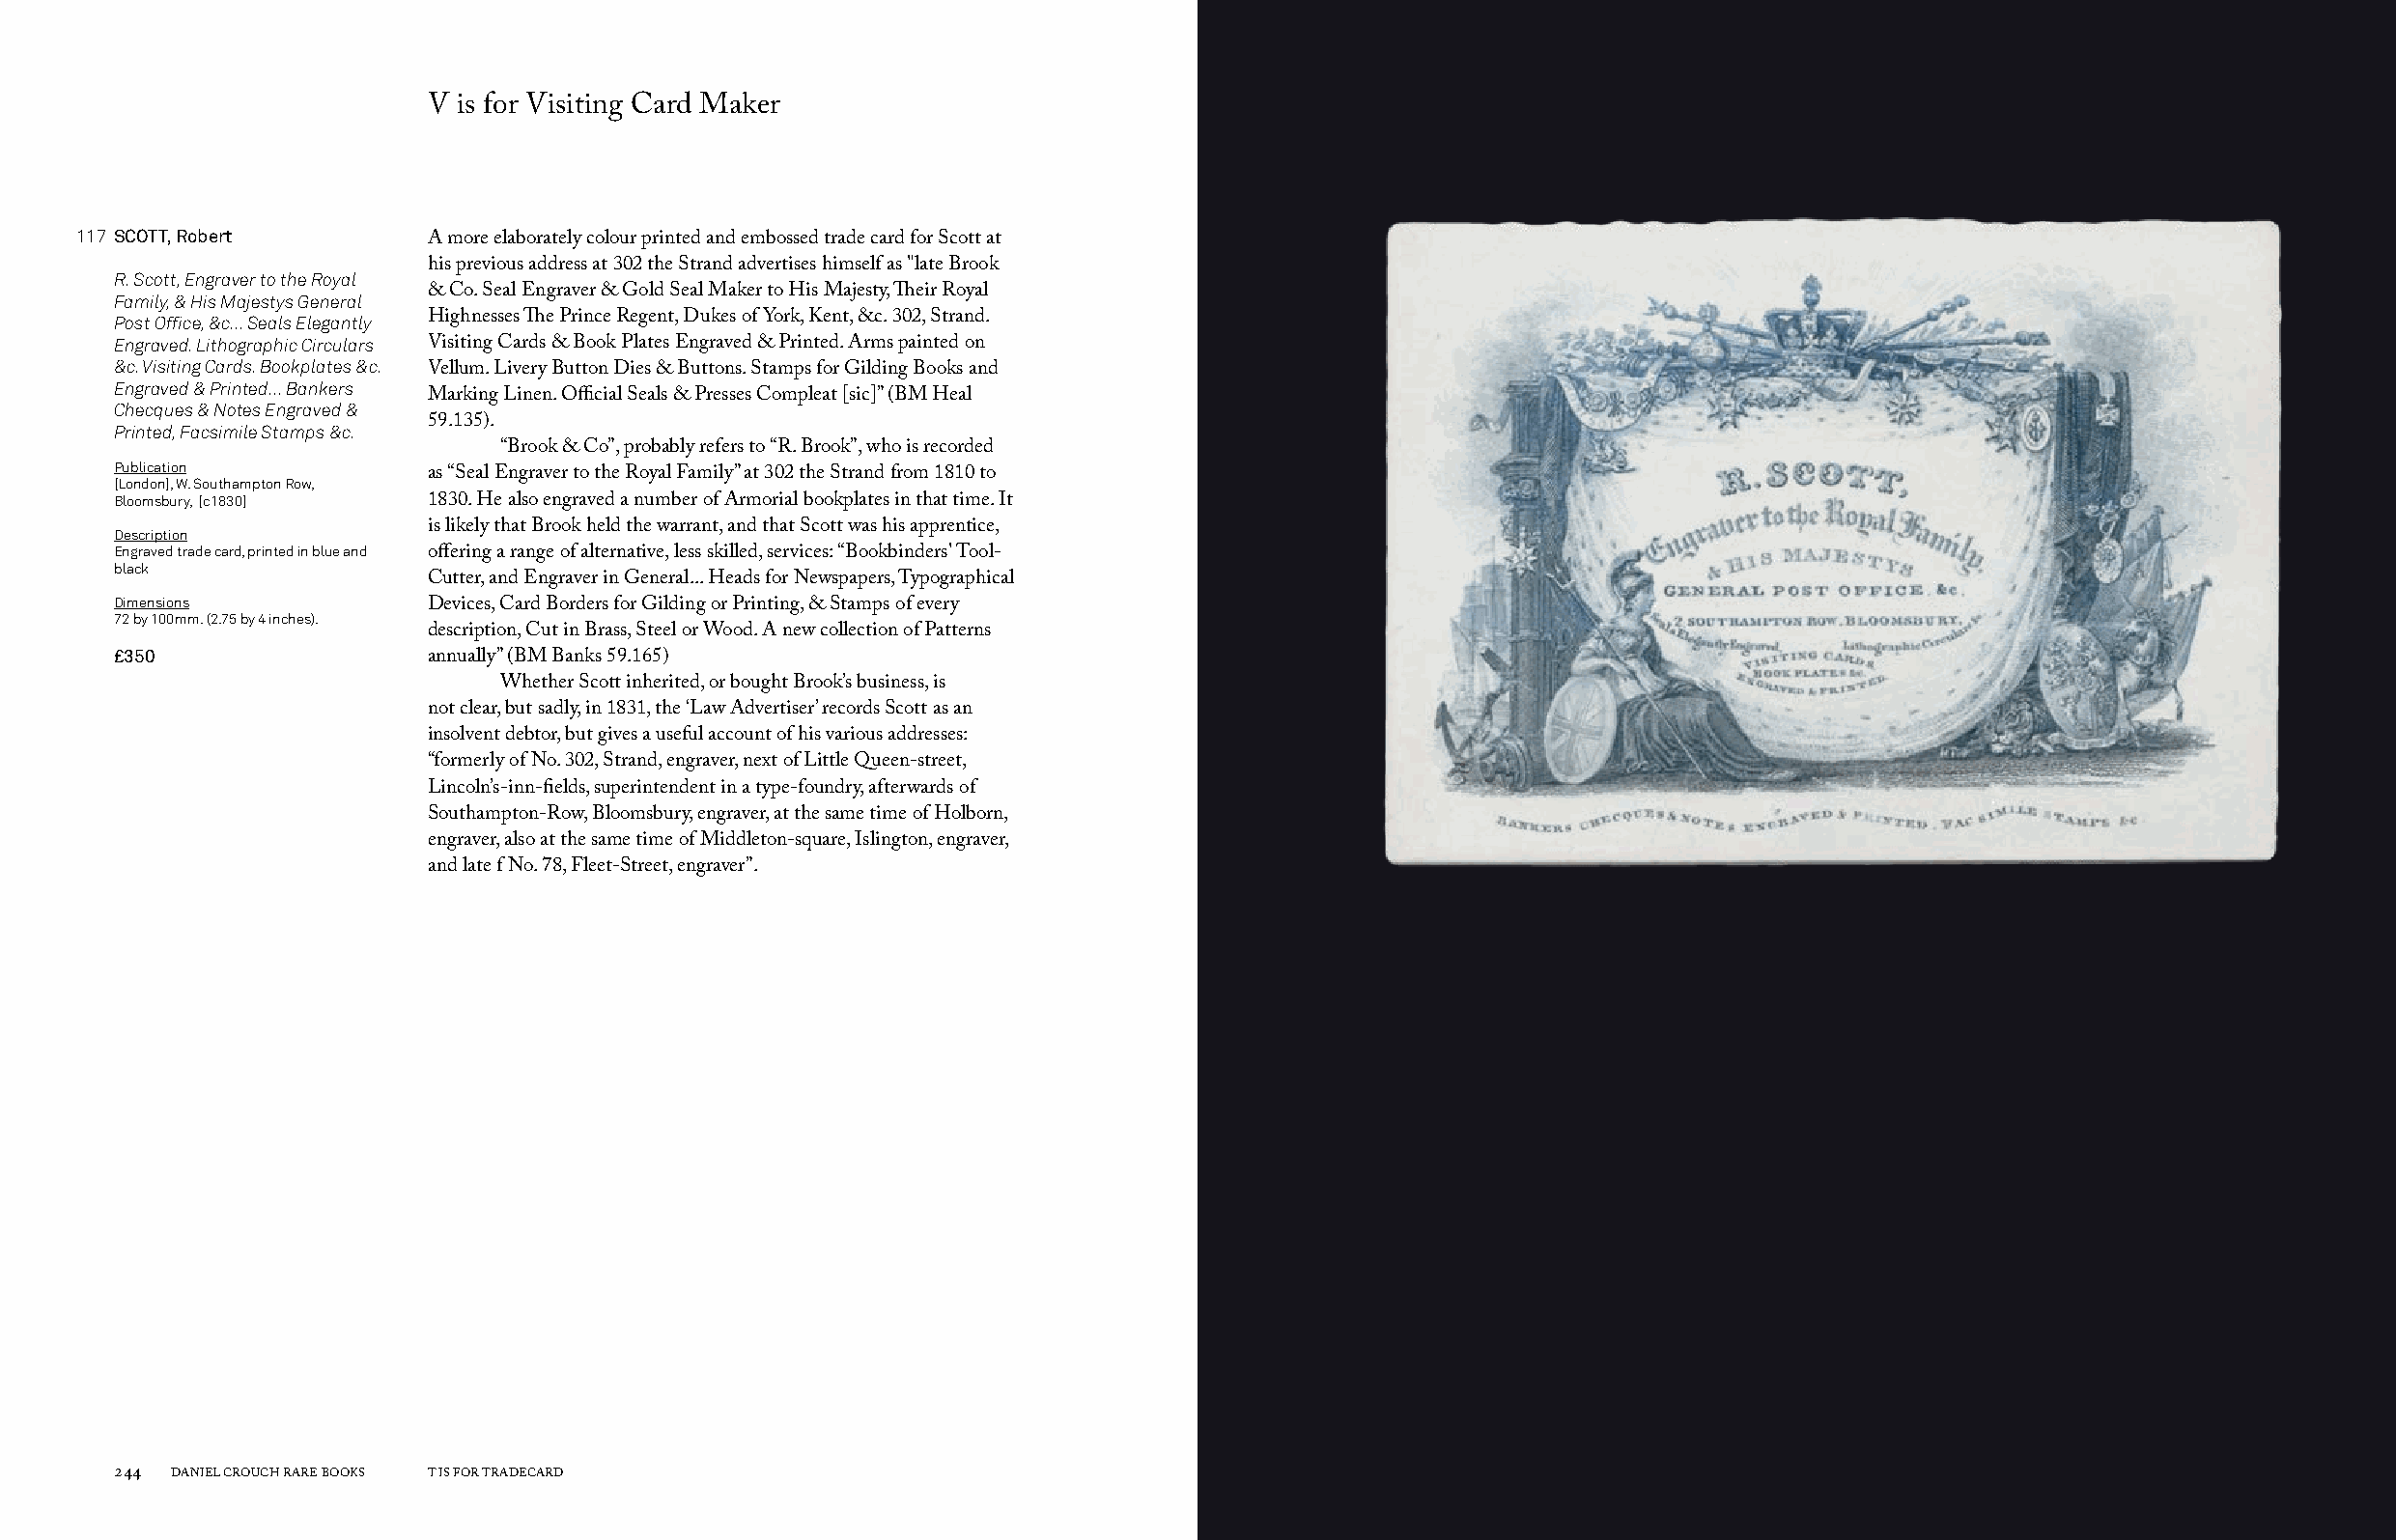
V is for Visiting Card Maker
 117 SCOTT, Robert
 A more elaborately colour printed and embossed trade card for Scott at
 his previous address at 302 the Strand advertises himself as "late Brook
 R. Scott, Engraver to the Royal
 Family, & His Majestys General & Co. Seal Engraver & Gold Seal Maker to His Majesty, Their Royal
 Post Office, &c... Seals Elegantly Highnesses The Prince Regent, Dukes of York, Kent, &c. 302, Strand.
 Engraved. Lithographic Circulars Visiting Cards & Book Plates Engraved & Printed. Arms painted on
 &c. Visiting Cards. Bookplates &c.
 Vellum. Livery Button Dies & Buttons. Stamps for Gilding Books and
 Engraved & Printed... Bankers
 Marking Linen. Official Seals & Presses Compleat [sic]” (BM Heal
 Checques & Notes Engraved &
 Printed, Facsimile Stamps &c. 59.135).
 “Brook & Co”, probably refers to “R. Brook”, who is recorded
 Publication
 [London], W. Southampton Row, as “Seal Engraver to the Royal Family” at 302 the Strand from 1810 to
 Bloomsbury, [c1830]  1830. He also engraved a number of Armorial bookplates in that time. It
 Description          is likely that Brook held the warrant, and that Scott was his apprentice,
 Engraved trade card, printed in blue and offering a range of alternative, less skilled, services: “Bookbinders' Tool-
 black
 Cutter, and Engraver in General... Heads for Newspapers, Typographical
 Dimensions
 Devices, Card Borders for Gilding or Printing, & Stamps of every
 72 by 100mm. (2.75 by 4 inches).
 description, Cut in Brass, Steel or Wood. A new collection of Patterns
 £350
 annually” (BM Banks 59.165)
 Whether Scott inherited, or bought Brook’s business, is
 not clear, but sadly, in 1831, the ‘Law Advertiser’ records Scott as an
 insolvent debtor, but gives a useful account of his various addresses:
 “formerly of No. 302, Strand, engraver, next of Little Queen-street,
 Lincoln’s-inn-fields, superintendent in a type-foundry, afterwards of
 Southampton-Row, Bloomsbury, engraver, at the same time of Holborn,
 engraver, also at the same time of Middleton-square, Islington, engraver,
 and late f No. 78, Fleet-Street, engraver”.
 244 DANIEL CROUCH RARE BOOKS T IS FOR TRADECARD                                                                       T IS FOR TRADECARD DANIEL CROUCH RARE BOOKS 245